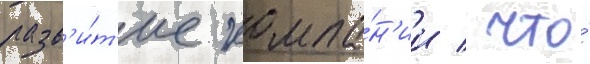
разв'и́т'ие компа́н'ии / что́